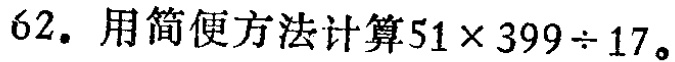
62. 用简便方法计算$51\times 399\div 17$。